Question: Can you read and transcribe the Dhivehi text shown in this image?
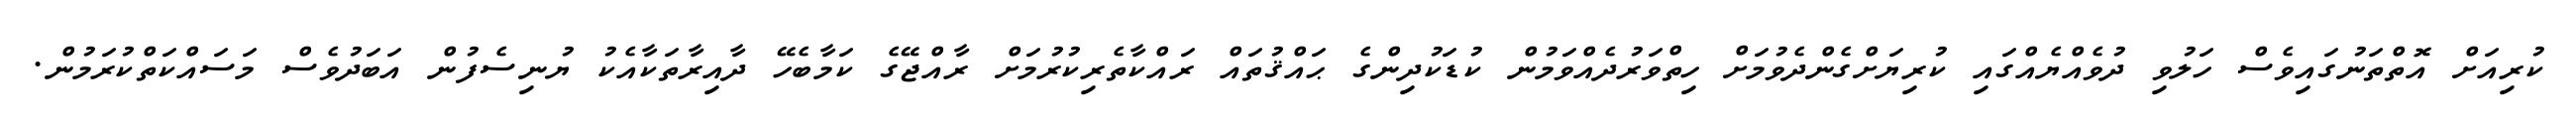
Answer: ކުރިއަށް އޮތްތަނުގައިވެސް ހަލުވި ދުވެއްޔެއްގައި ކުރިޔަށްގެންދެވުމަށް ހިތްވަރުދެއްވަމުން ކުޑަކުދިންގެ ޙައްޤުތައް ރައްކާތެރިކުރުމަށް ރާއްޖޭގެ ކަމާބެހޭ ދާއިރާތަކާއެކު ޔުނިސެފުން އަބަދުވެސް މަސައްކަތްކުރަމުން.